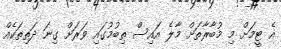
އެ ޓީމަށް މި މުބާރާތަށް މާލެ އައިސް ތިބުމުގައި ވަރަށް ގިނަ ދަތިތަކެއް